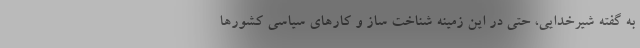
به گفته شیرخدایی، حتی در این زمینه شناخت ساز و کارهای سیاسی کشورها